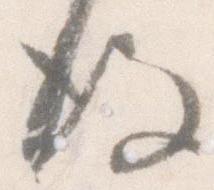
後